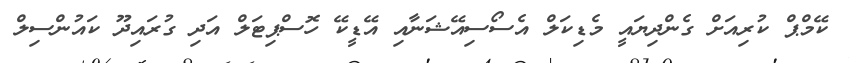
ކޭމްޕް ކުރިއަށް ގެންދިޔައީ މެޑިކަލް އެސޯސިއޭޝަނާއި އޭޑީކޭ ހޮސްޕިޓަލް އަދި ގުރައިދޫ ކައުންސިލް